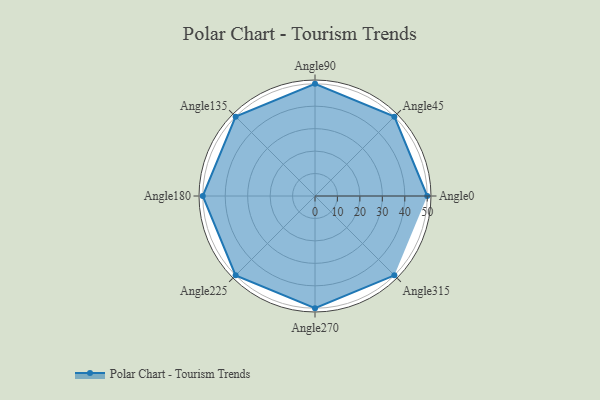
{"axis": {"x": "Angle", "y": "Radius"}, "legend": [""], "data": [{"x": "Angle0", "y": 50, "type": ""}, {"x": "Angle45", "y": 50, "type": ""}, {"x": "Angle90", "y": 50, "type": ""}, {"x": "Angle135", "y": 50, "type": ""}, {"x": "Angle180", "y": 50, "type": ""}, {"x": "Angle225", "y": 50, "type": ""}, {"x": "Angle270", "y": 50, "type": ""}, {"x": "Angle315", "y": 50, "type": ""}]}